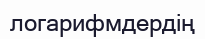
логарифмдердің